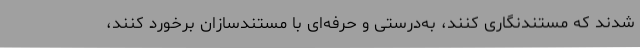
شدند که مستندنگاری کنند، به‌درستی و حرفه‌ای با مستندسازان برخورد کنند،